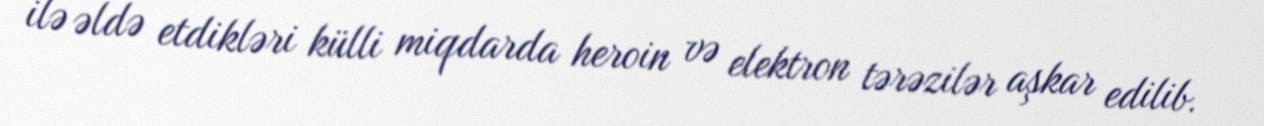
ilə əldə etdikləri külli miqdarda heroin və elektron tərəzilər aşkar edilib.